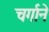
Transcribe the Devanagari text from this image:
चर्गाने